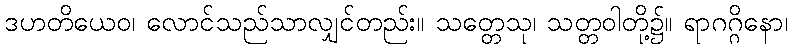
ဒဟတိယေဝ၊ လောင်သည်သာလျှင်တည်း။ သတ္တေသု၊ သတ္တဝါတို့၌။ ရာဂဂ္ဂိနော၊